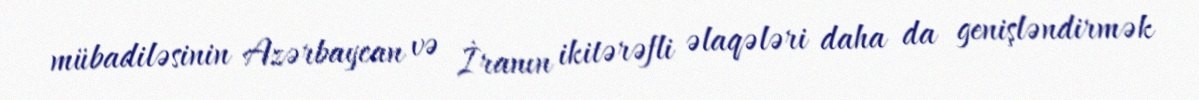
mübadiləsinin Azərbaycan və İranın ikitərəfli əlaqələri daha da genişləndirmək